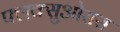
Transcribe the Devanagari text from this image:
फ्लक्सुओसस